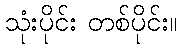
သုံးပိုင်း တစ်ပိုင်း။